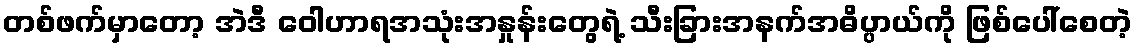
တစ်ဖက်မှာတော့ အဲဒီ ဝေါဟာရအသုံးအနှုန်းတွေရဲ့ သီးခြားအနက်အဓိပ္ပာယ်ကို ဖြစ်ပေါ်စေတဲ့